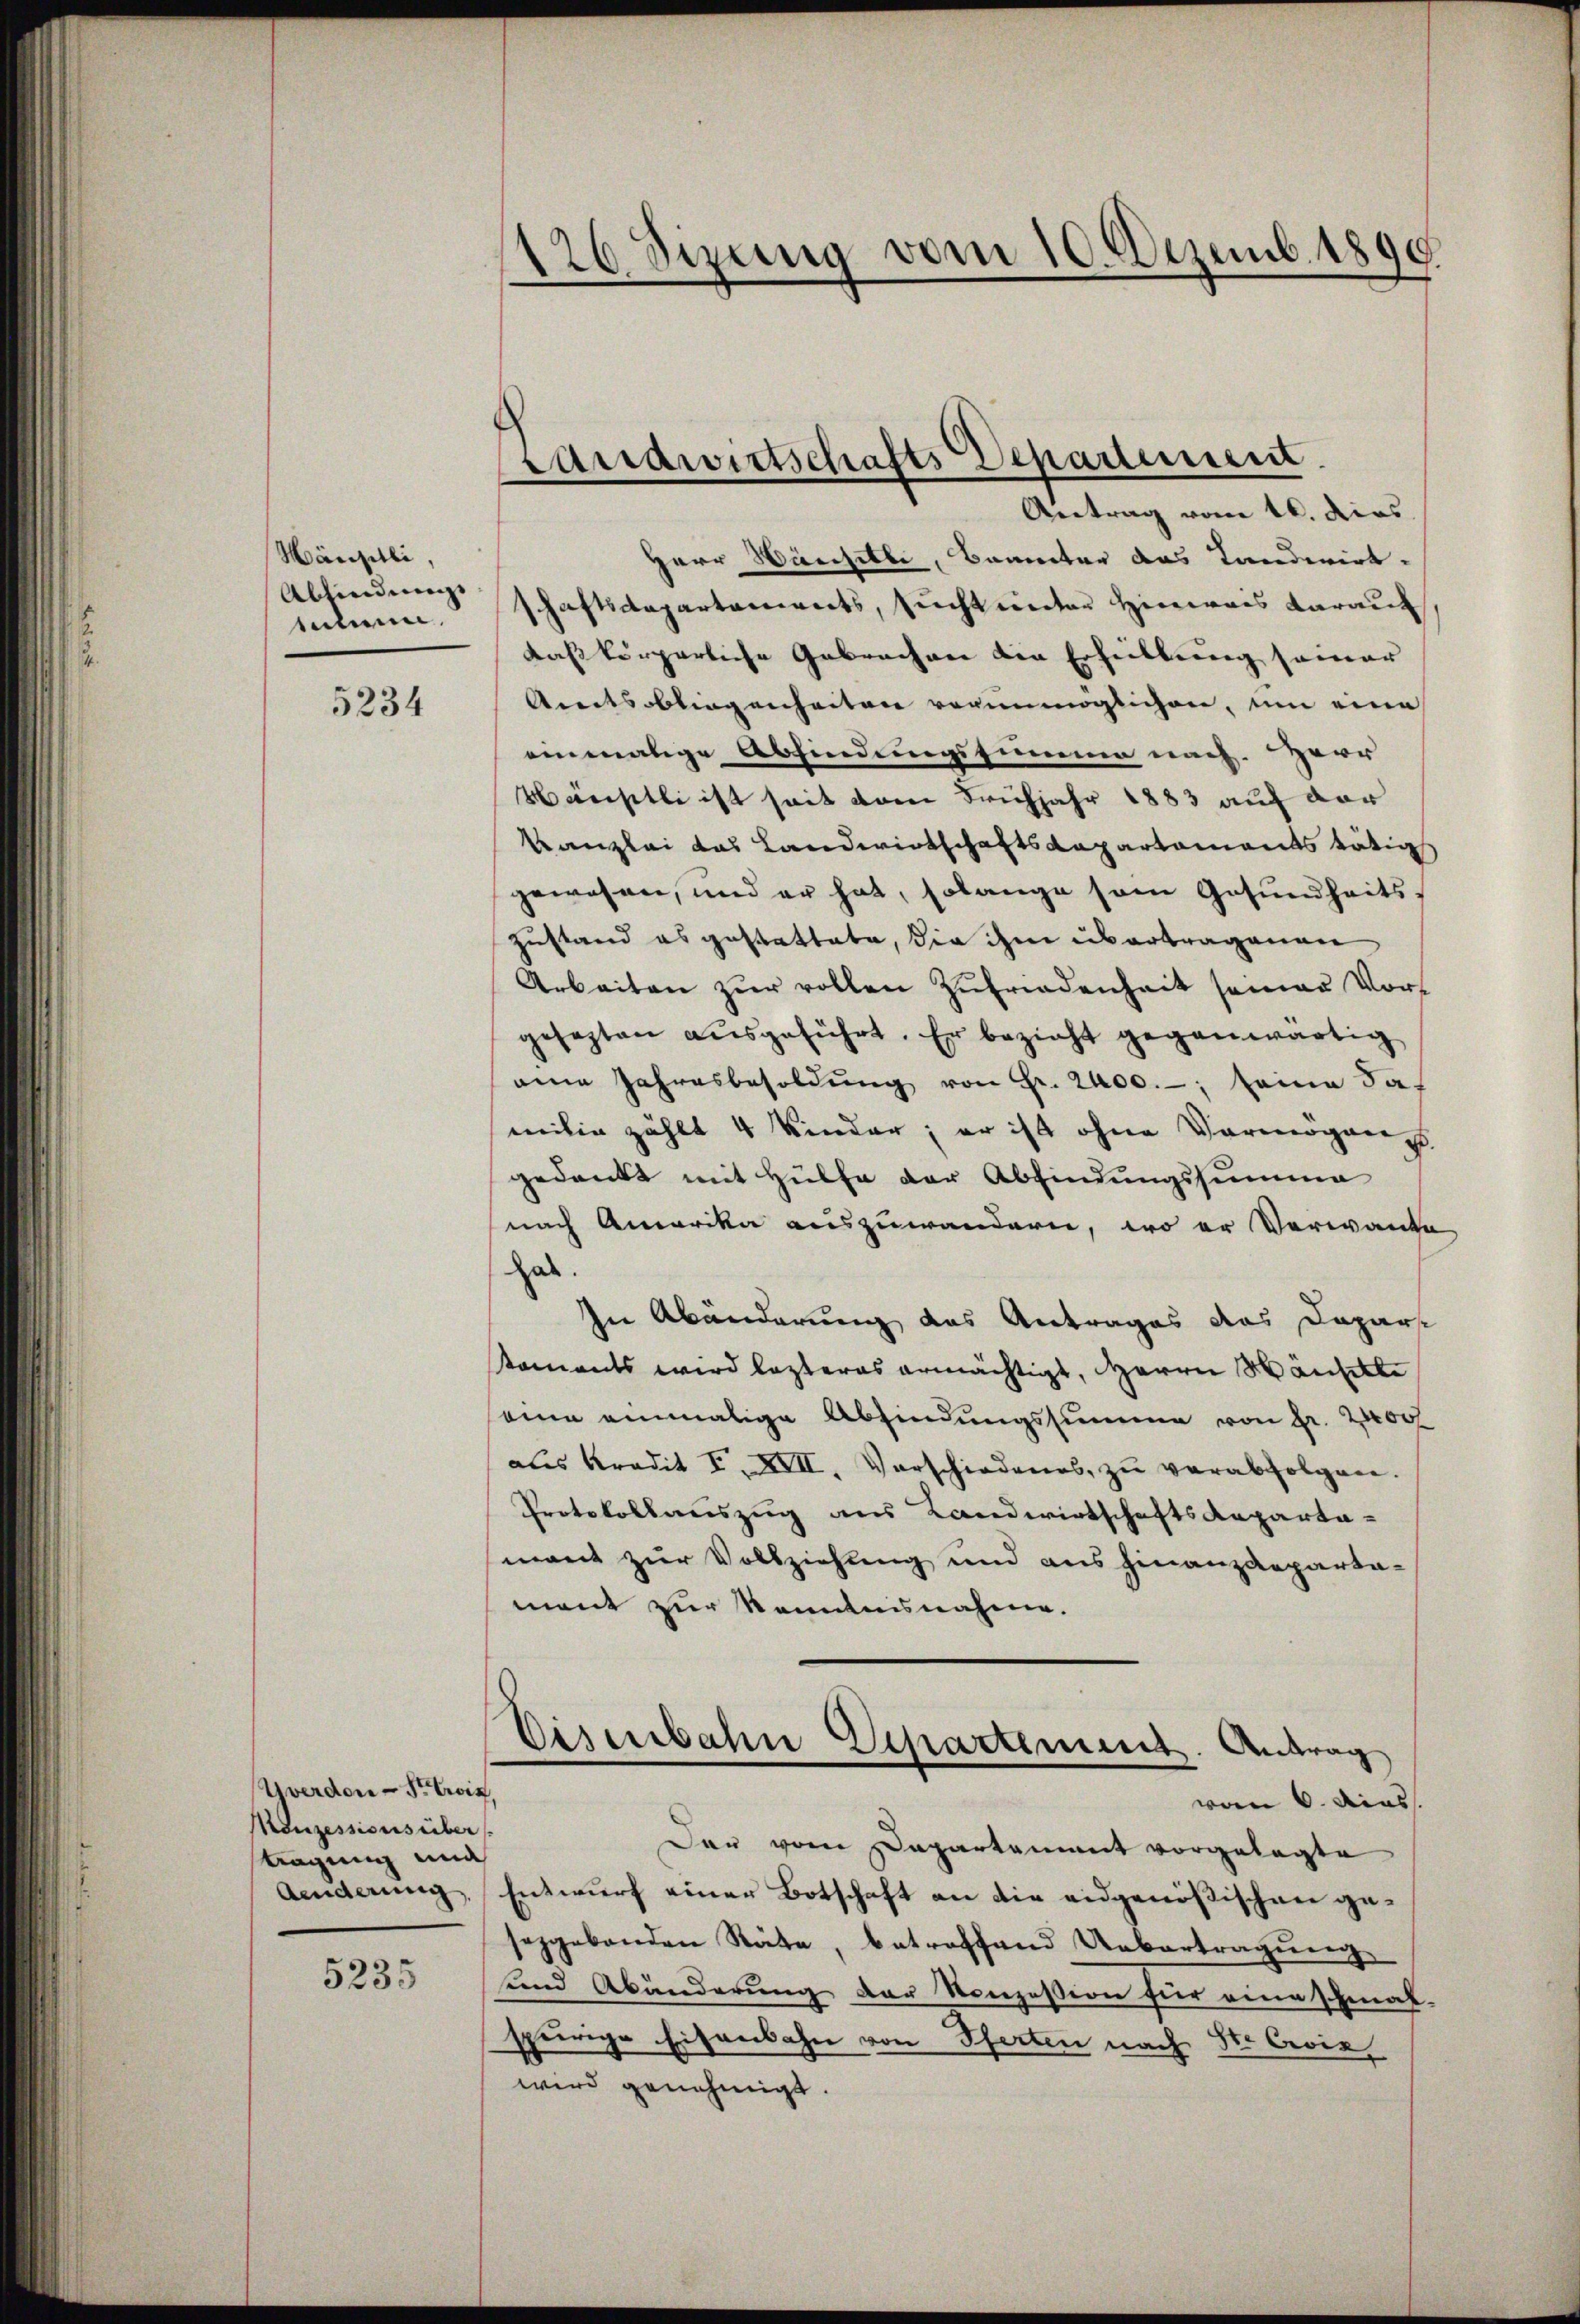
Hänsli,
Abfindung
talien.

5234

Yverdon-Seewis,
Keuzessions über
tagung und
Aenderung,

5235

126 Sizung vom 10. Dezemb. 1890
—

Herr Marchitte, Banneter das Landerirt.
schaftsdepartements, sucht unter Hinweis darauf
daskörperliche Gebrachen die Erheilung seiner
Amtsbliegenheiten verunmöglichen, um eine
einmalige Abfindungssumme nach. Herr
Wärstli ist seit vom Frühjahr 1883 auf der
Kanzlei das Landwirtschaftsdepartaments tätig
gewesen, und er hat, solange sein Gesundheits¬
Zustand es gestattete, die ihm übertragenen
Arbeiten zŭr vollen Zufriedenheit seiner Vor-
gesezten aŭsgeführt. Er bezieht gegenwärtig
eine Jahresbesoldŭng von Fr. 2400.-, seine daf
meilen zählt 4 Kinder; er ist ohne Vermögeng
gedankt mit Hülfe der Abfindungssumme
nach Amerika auszuwandern, wo er Verwande
das
In Abänderung das Antrages das Dapars
Koments wird lezteres ermächtigt, Herrn Häuselte
seine einmalige Abfindungssumme von Fr. 2400
als Kredit I. XIII. Vorschiedenes, zŭ verabfolgen.
Protokollauszug aus Landwirtschaftsdeparta-
mant zur Vollziehung und aus hinanzdeparta-
mant zur Kenntnisnahme.
Cisenbahn Departement. Antrag
s
vom 6. das
Der vom Departament vorgelegte
Entwurf einer Botschaft an die eidgenößischen geseggebenden Räte, betreffend Uebertragung
und Abänderung der Konzession für eine schmal-
spurige Eisenbahn von Pferten nach St. Gevie
wird genehmigt.

randwirtschafts Departeinsent.
Antrag vom 16. dies